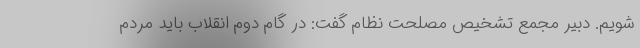
شویم. دبیر مجمع تشخیص مصلحت نظام گفت: در گام دوم انقلاب باید مردم